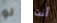
لو أنت